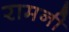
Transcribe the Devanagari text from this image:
रामनी